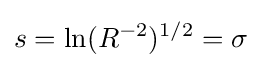
s=\ln(R^{-2})^{1/2}=\sigma